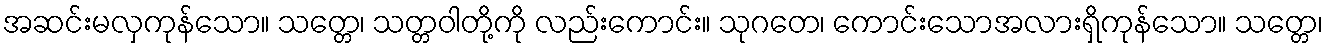
အဆင်းမလှကုန်သော။ သတ္တေ၊ သတ္တဝါတို့ကို လည်းကောင်း။ သုဂတေ၊ ကောင်းသောအလားရှိကုန်သော။ သတ္တေ၊